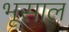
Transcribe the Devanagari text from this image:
भूसाल